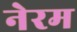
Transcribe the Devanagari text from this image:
नेरम